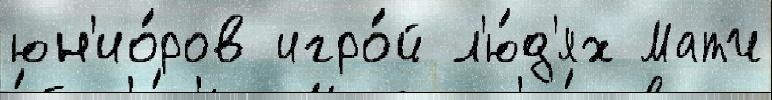
юн'ио́ров игро́й л'ю́д'ях Матч